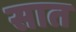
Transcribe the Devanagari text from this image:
सात